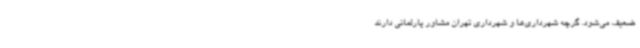
ضعیف می‌شود. گرچه شهرداری‌ها و شهرداری تهران مشاور پارلمانی دارند